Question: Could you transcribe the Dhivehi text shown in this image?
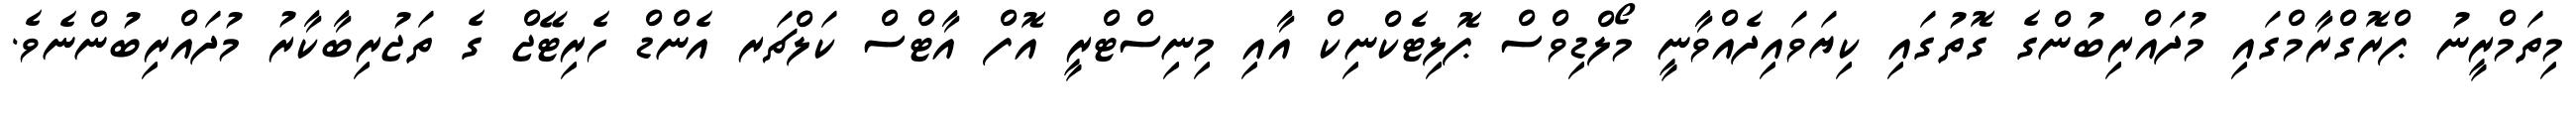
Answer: މިތަމްރީނު ޕްރޮގްރާމްގައި މުދައްރިބުންގެ ގޮތުގައި ކިޔަވައިދެއްވާނީ މޯލްޑިވްސް ޕޮލިޓެކްނިކް އާއި މިނިސްޓްރީ އޮފް އާޓްސް ކަލްޗަރ އެންޑް ހެރިޓޭޖް ގެ ތަޖުރިބާކާރު މުދައްރިބުންނެވެ.